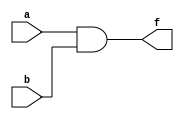
`timescale 1ns / 1ps
//////////////////////////////////////////////////////////////////////////////////
// Company: 
// Engineer: 
// 
// Design Name: 
// Module Name: myadd
// Project Name: 
// Target Devices: 
// Tool Versions: 
// Description: 
// 
// Dependencies: 
// 
// Revision:
// Revision 0.01 - File Created
// Additional Comments:
// 
//////////////////////////////////////////////////////////////////////////////////


module myadd
    ( a,
      b,
      f   
    );
    
    input  a;
    input  b;
    output f;
    
    and U1( f, a, b );
    // note: output is listed first in primitive gates that have one output
    // and may have 2 or more inputs
    
endmodule